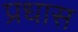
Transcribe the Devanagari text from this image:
प्रधास